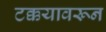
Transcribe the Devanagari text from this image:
टक्कयावरून